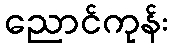
ညောင်ကုန်း